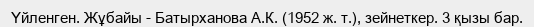
Үйленген. Жұбайы - Батырханова А.К. (1952 ж. т.), зейнеткер. 3 қызы бар.